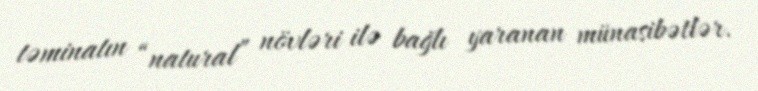
təminatın “natural” növləri ilə bağlı yaranan münasibətlər.